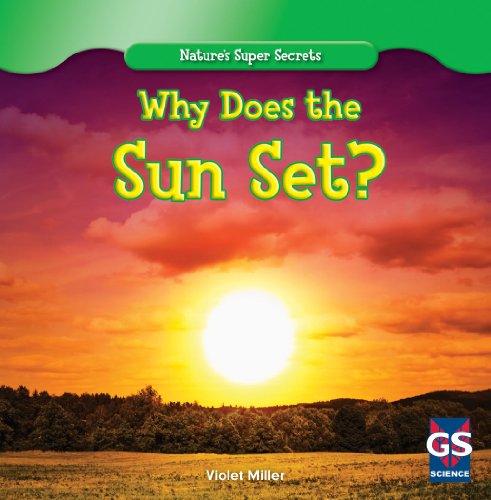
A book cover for Why Does the Sun Set? (Nature's Super Secrets); Violet Miller; Children's Books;